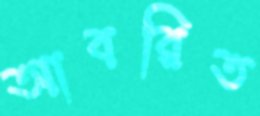
আবরিত